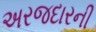
અરજદારની